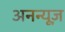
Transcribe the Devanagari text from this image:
अनन्यूज़